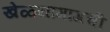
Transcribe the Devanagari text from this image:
खेळ्यांमागची